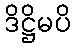
ဒိဋ္ဌိမပိ